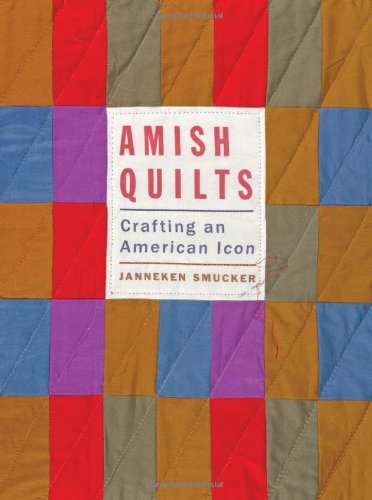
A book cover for Amish Quilts: Crafting an American Icon (Young Center Books in Anabaptist and Pietist Studies); Janneken Smucker; Christian Books & Bibles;